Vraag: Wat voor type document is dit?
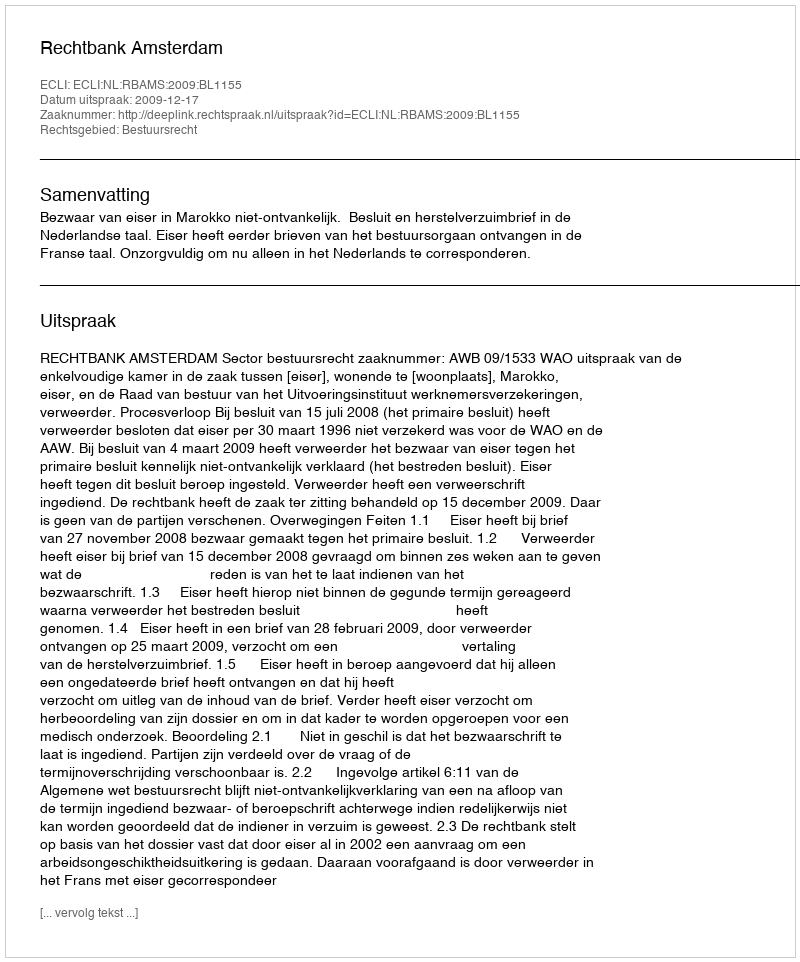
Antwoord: Uitspraak